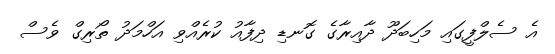
އެ ސެލްފީގައި މަހިބަދޫ ދާއިރާގެ ގޮނޑި ދިފާއު ކުރެއްވި އަހްމަދު ތޯރިގް ވެސް